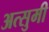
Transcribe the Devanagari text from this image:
अत्सुमी